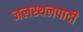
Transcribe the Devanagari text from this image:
जलस्थलपादी